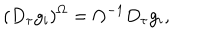
LaTeX: ( D _ { \tau } g _ { i } ) ^ { \Omega } = \Omega ^ { - 1 } D _ { \tau } g _ { i } ,